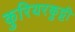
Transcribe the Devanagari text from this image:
कुरियरकुट्टी